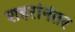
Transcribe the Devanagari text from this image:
शहरांनंतर